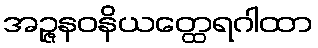
အဉ္ဇနဝနိယတ္ထေရဂါထာ